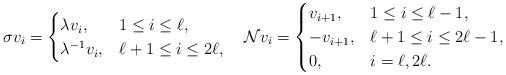
LaTeX: \begin{align*}\sigma v_i & =\begin{cases} \lambda v_i, &1 \leq i \leq \ell,\\ \lambda^{-1} v_i, &\ell +1 \leq i \leq 2 \ell,\\\end{cases}&\mathcal{N} v_i &= \begin{cases} v_{i+1}, &1 \leq i \leq \ell -1, \\ -v_{i+1}, &\ell+1 \leq i \leq 2\ell -1, \\ 0, & i = \ell, 2\ell. \end{cases}\end{align*}